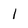
Character: l